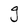
Character: g